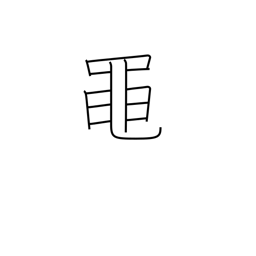
Meaning: green frog